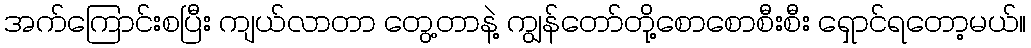
အက်ကြောင်းစပြီး ကျယ်လာတာ တွေ့တာနဲ့ ကျွန်တော်တို့စောစောစီးစီး ရှောင်ရတော့မယ်။